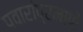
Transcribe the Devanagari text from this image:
पवारांप्रमाणे